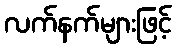
လက်နက်များဖြင့်